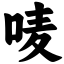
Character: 唛